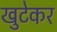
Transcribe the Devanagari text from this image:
खुटेकर